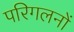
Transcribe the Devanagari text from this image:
परिगलनों